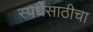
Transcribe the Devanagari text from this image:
स्पर्धेसाठीचा